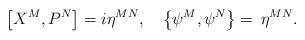
LaTeX: \begin{align*}\left[ X^M,P^N\right] =i\eta ^{MN},\quad \left\{ \psi ^M,\psi ^N\right\}=\,\eta ^{MN}.\end{align*}